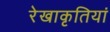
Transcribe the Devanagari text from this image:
रेखाकृतियां